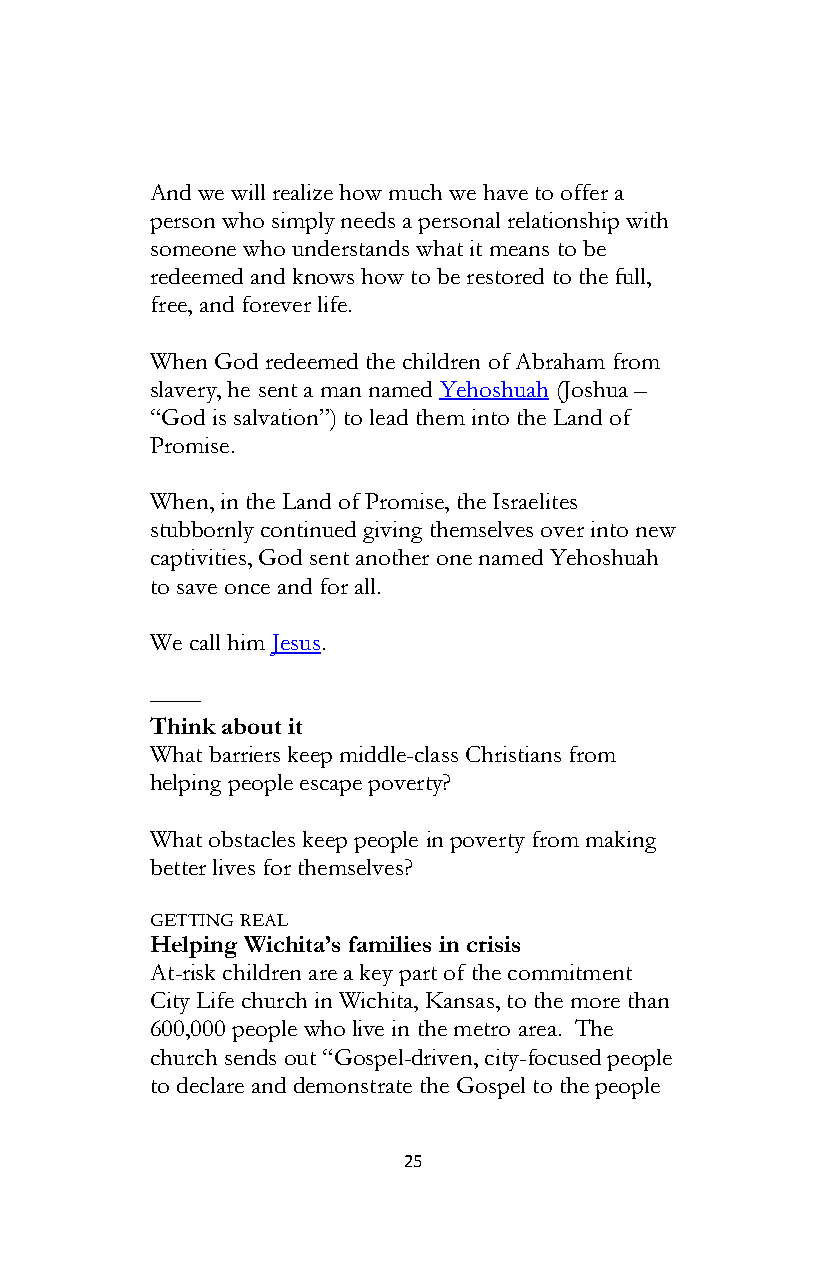
And we will realize how much we have to offer a
 person who simply needs a personal relationship with
 someone who understands what it means to be
 redeemed and knows how to be restored to the full,
 free, and forever life.
 When God redeemed the children of Abraham from
 slavery, he sent a man named Yehoshuah (Joshua –
 “God is salvation”) to lead them into the Land of
 Promise.
 When, in the Land of Promise, the Israelites
 stubbornly continued giving themselves over into new
 captivities, God sent another one named Yehoshuah
 to save once and for all.
 We call him Jesus.
 ––––
 Think about it
 What barriers keep middle-class Christians from
 helping people escape poverty?
 What obstacles keep people in poverty from making
 better lives for themselves?
 GETTING REAL
 Helping Wichita’s families in crisis
 At-risk children are a key part of the commitment
 City Life church in Wichita, Kansas, to the more than
 600,000 people who live in the metro area. The
 church sends out “Gospel-driven, city-focused people
 to declare and demonstrate the Gospel to the people
 25